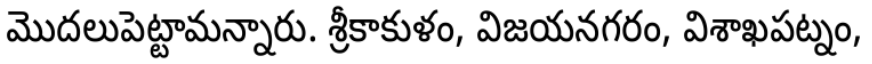
మొదలుపెట్టామన్నారు. శ్రీకాకుళం, విజయనగరం, విశాఖపట్నం,